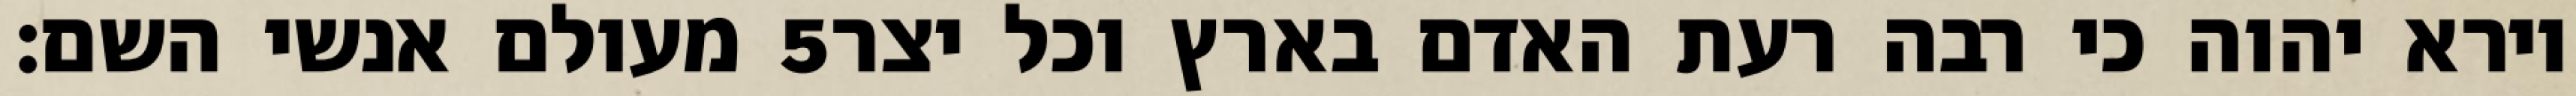
מעולם אנשי השם׃ ‎5‏ וירא יהוה כי רבה רעת האדם בארץ וכל יצר